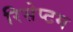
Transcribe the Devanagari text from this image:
रिसेप्टम